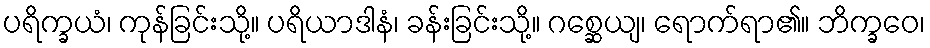
ပရိက္ခယံ၊ ကုန်ခြင်းသို့။ ပရိယာဒါနံ၊ ခန်းခြင်းသို့။ ဂစ္ဆေယျ၊ ရောက်ရာ၏။ ဘိက္ခဝေ၊